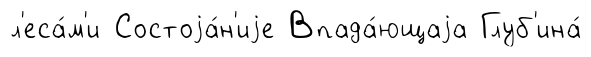
л'еса́м'и Состоjа́н'иjе Впада́ющаjа Глуб'ина́